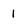
Character: 1